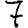
Digit: 7